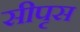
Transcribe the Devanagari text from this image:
सीपृस